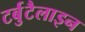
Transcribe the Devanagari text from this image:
टर्बुटैलाइन